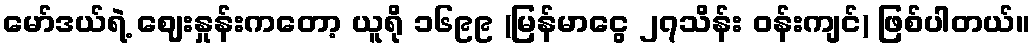
မော်ဒယ်ရဲ့ ဈေးနှုန်းကတော့ ယူရို ၁၆၉၉ (မြန်မာငွေ ၂၇သိန်း ဝန်းကျင်) ဖြစ်ပါတယ်။